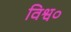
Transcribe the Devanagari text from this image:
विश्व०